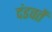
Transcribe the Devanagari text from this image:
दंडवतें